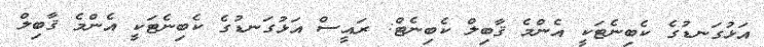
އަޅުގަނޑުގެ ކެބިނެޓަކީ އެންމެ ޤާބިލް ކެބިނެޓް: ރައީސް އަޅުގަނޑުގެ ކެބިނެޓަކީ އެންމެ ޤާބިލް